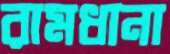
রামধানা